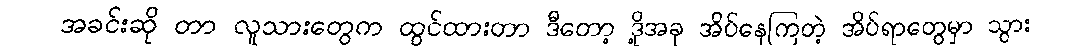
အခင်းဆို တာ လူသားတွေက ထွင်ထားတာ ဒီတော့ ဒို့အခု အိပ်နေကြတဲ့ အိပ်ရာတွေမှာ သွား